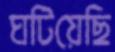
ঘটিয়েছি